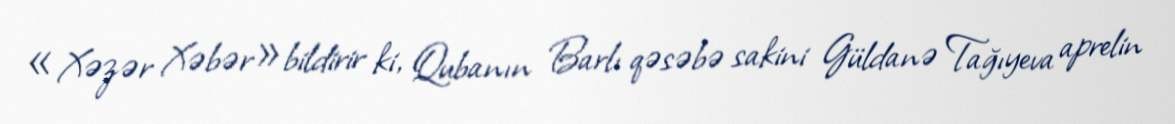
«Xəzər Xəbər»bildirir ki, Qubanın Barlı qəsəbə sakini Güldanə Tağıyeva aprelin